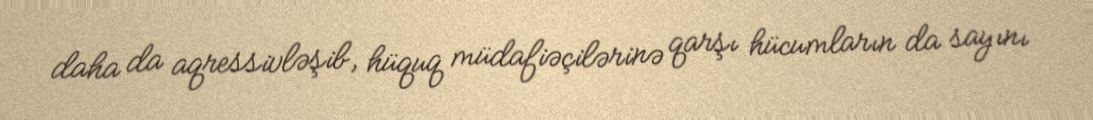
daha da aqressivləşib, hüquq müdafiəçilərinə qarşı hücumların da sayını